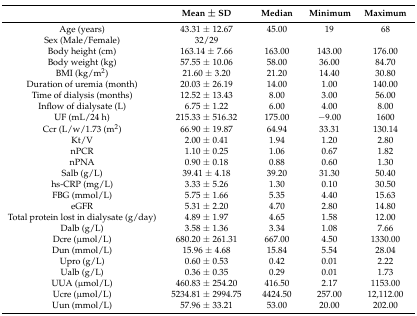
<table><thead><tr><td></td><td><b>Mean ± SD</b></td><td><b>Median</b></td><td><b>Minimum</b></td><td><b>Maximum</b></td></tr></thead><tbody><tr><td>Age (years)</td><td>43.31 ± 12.67</td><td>45.00</td><td>19</td><td>68</td></tr><tr><td>Sex (Male/Female)</td><td>32/29</td><td></td><td></td><td></td></tr><tr><td>Body height (cm)</td><td>163.14 ± 7.66</td><td>163.00</td><td>143.00</td><td>176.00</td></tr><tr><td>Body weight (kg)</td><td>57.55 ± 10.06</td><td>58.00</td><td>36.00</td><td>84.70</td></tr><tr><td>BMI (kg/m<sup>2</sup>)</td><td>21.60 ± 3.20</td><td>21.20</td><td>14.40</td><td>30.80</td></tr><tr><td>Duration of uremia (month)</td><td>20.03 ± 26.19</td><td>14.00</td><td>1.00</td><td>140.00</td></tr><tr><td>Time of dialysis (months)</td><td>12.52 ± 13.43</td><td>8.00</td><td>3.00</td><td>56.00</td></tr><tr><td>Inflow of dialysate (L)</td><td>6.75 ± 1.22</td><td>6.00</td><td>4.00</td><td>8.00</td></tr><tr><td>UF (mL/24 h)</td><td>215.33 ± 516.32</td><td>175.00</td><td>−9.00</td><td>1600</td></tr><tr><td>Ccr (L/w/1.73 (m<sup>2</sup>)</td><td>66.90 ± 19.87</td><td>64.94</td><td>33.31</td><td>130.14</td></tr><tr><td>Kt/V</td><td>2.00 ± 0.41</td><td>1.94</td><td>1.20</td><td>2.80</td></tr><tr><td>nPCR</td><td>1.10 ± 0.25</td><td>1.06</td><td>0.67</td><td>1.82</td></tr><tr><td>nPNA</td><td>0.90 ± 0.18</td><td>0.88</td><td>0.60</td><td>1.30</td></tr><tr><td>Salb (g/L)</td><td>39.41 ± 4.18</td><td>39.20</td><td>31.30</td><td>50.40</td></tr><tr><td>hs-CRP (mg/L)</td><td>3.33 ± 5.26</td><td>1.30</td><td>0.10</td><td>30.50</td></tr><tr><td>FBG (mmol/L)</td><td>5.75 ± 1.66</td><td>5.35</td><td>4.40</td><td>15.63</td></tr><tr><td>eGFR</td><td>5.31 ± 2.20</td><td>4.70</td><td>2.80</td><td>14.80</td></tr><tr><td>Total protein lost in dialysate (g/day)</td><td>4.89 ± 1.97</td><td>4.65</td><td>1.58</td><td>12.00</td></tr><tr><td>Dalb (g/L)</td><td>3.58 ± 1.36</td><td>3.34</td><td>1.08</td><td>7.66</td></tr><tr><td>Dcre (μmol/L)</td><td>680.20 ± 261.31</td><td>667.00</td><td>4.50</td><td>1330.00</td></tr><tr><td>Dun (mmol/L)</td><td>15.96 ± 4.68</td><td>15.84</td><td>5.54</td><td>28.04</td></tr><tr><td>Upro (g/L)</td><td>0.60 ± 0.53</td><td>0.42</td><td>0.01</td><td>2.22</td></tr><tr><td>Ualb (g/L)</td><td>0.36 ± 0.35</td><td>0.29</td><td>0.01</td><td>1.73</td></tr><tr><td>UUA (μmol/L)</td><td>460.83 ± 254.20</td><td>416.50</td><td>2.17</td><td>1153.00</td></tr><tr><td>Ucre (μmol/L)</td><td>5234.81 ± 2994.75</td><td>4424.50</td><td>257.00</td><td>12,112.00</td></tr><tr><td>Uun (mmol/L)</td><td>57.96 ± 33.21</td><td>53.00</td><td>20.00</td><td>202.00</td></tr></tbody></table>